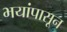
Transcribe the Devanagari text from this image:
भयांपासून